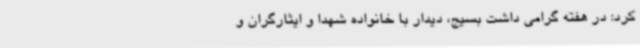
کرد: در هفته گرامی داشت بسیج، دیدار با خانواده شهدا و ایثارگران و